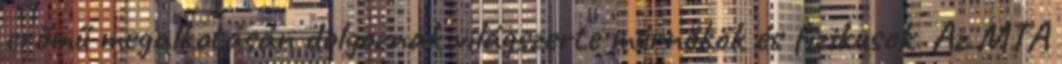
erőmű megalkotásán dolgoznak világszerte mérnökök és fizikusok. Az MTA